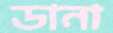
ডানা